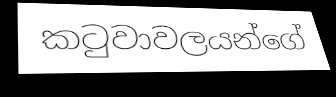
කටුවාවලයන්ගේ